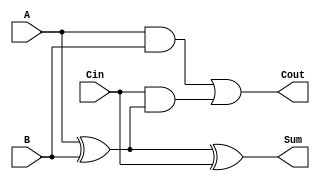
module Full_Adder (
    input  wire A,    // First input bit
    input  wire B,    // Second input bit
    input  wire Cin,  // Carry-in bit
    output wire Sum,   // Resulting sum bit
    output wire Cout   // Carry-out bit
);

// Calculate the Sum using XOR gates
assign Sum = A ^ B ^ Cin;

// Calculate the Cout using AND/OR gates
assign Cout = (A & B) | (Cin & (A ^ B));

endmodule